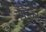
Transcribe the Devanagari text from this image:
नगरको